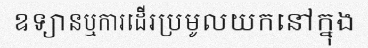
ឧទ្យានឬការដើរប្រមូលយកនៅក្នុង